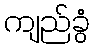
ကျည်ခွံ